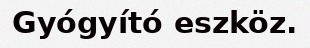
Gyógyító eszköz.